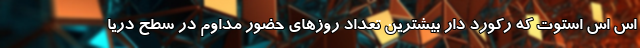
اس اس استوت که رکورد دار بیشترین تعداد روزهای حضور مداوم در سطح دریا